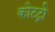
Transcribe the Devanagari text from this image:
कोटट्रो